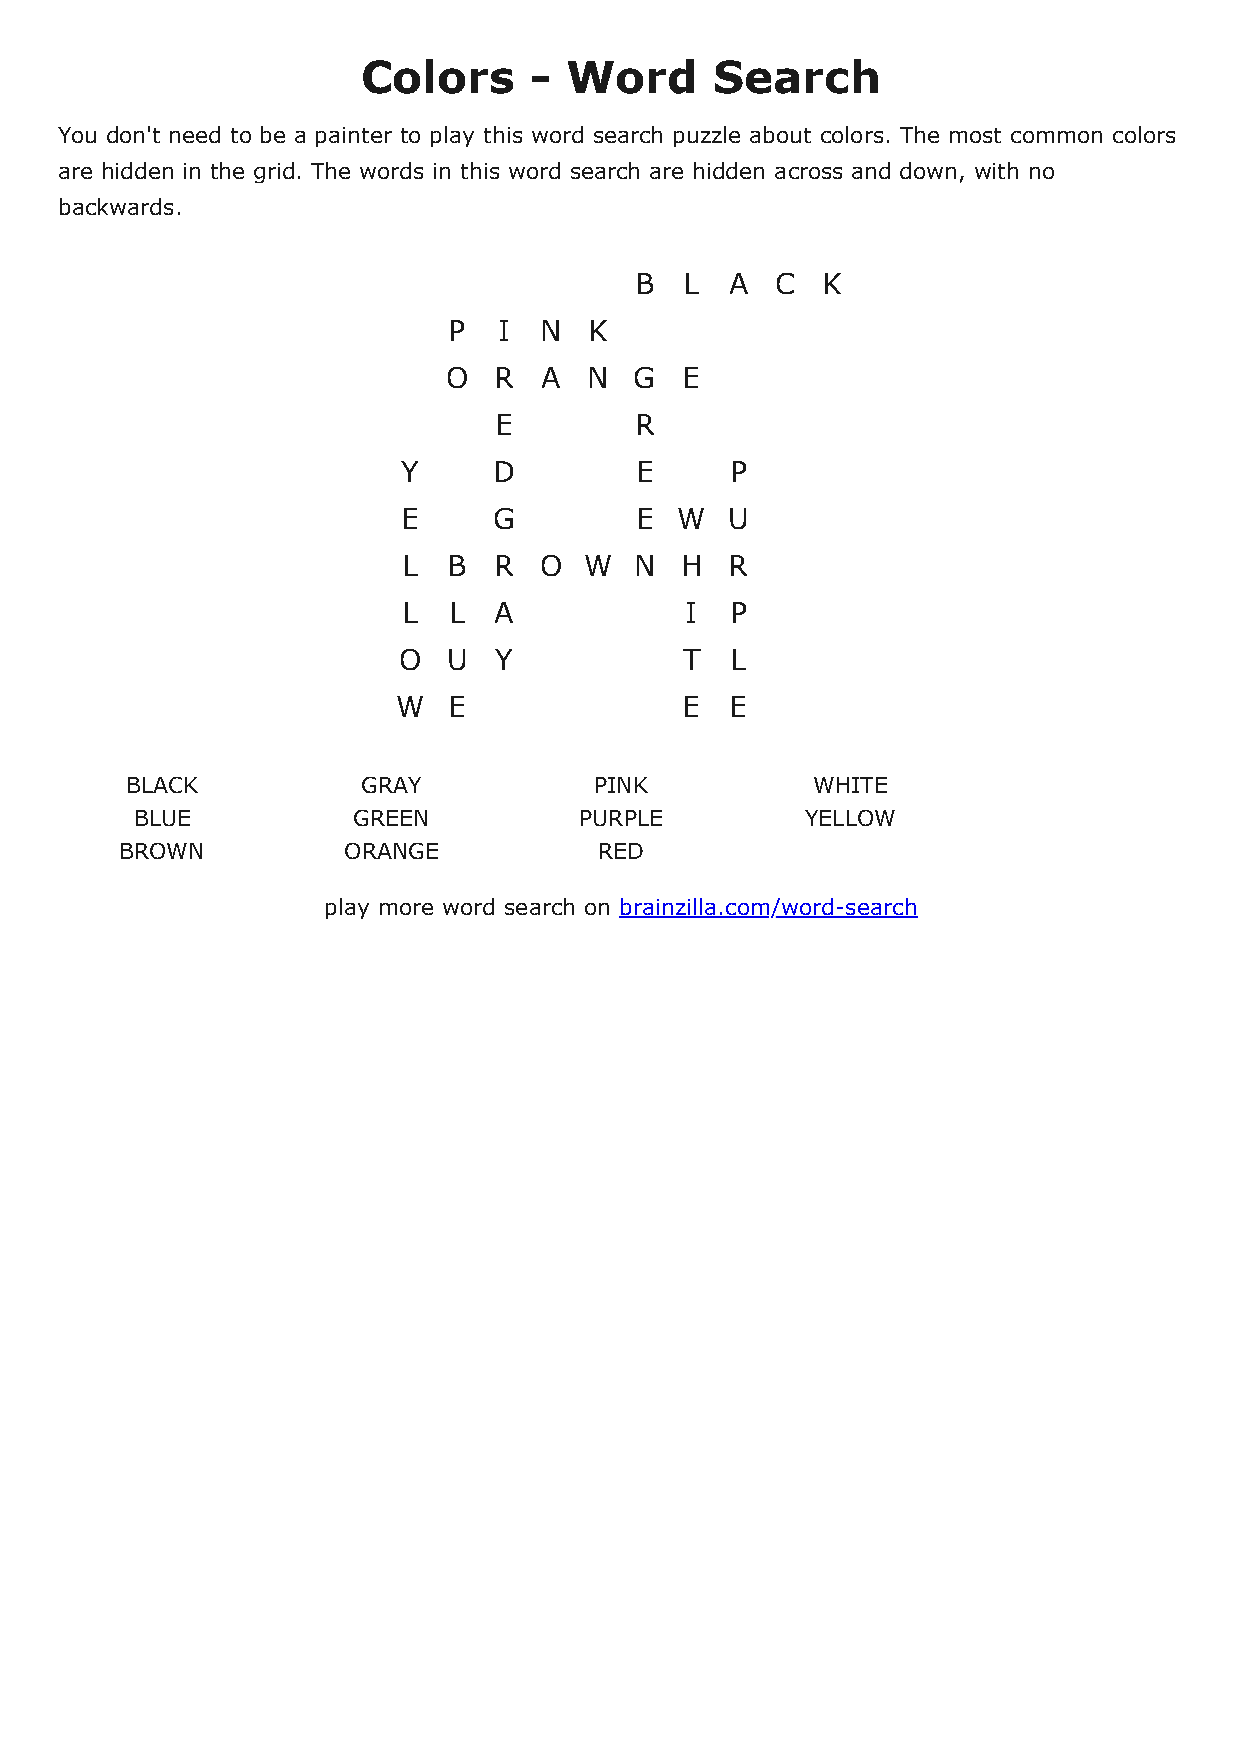
Colors     ­ Word      Search
 You don't need to be a painter to play this word search puzzle about colors. The most common colors
 are hidden in the grid. The words in this word search are hidden across and down, with no
 backwards.
 B  L  A  C  K
 P  I  N  K
 O  R  A  N  G  E
 E        R
 Y     D        E     P
 E     G        E  W  U
 L  B  R  O  W  N  H  R
 L  L  A           I  P
 O   U  Y           T  L
 W   E              E  E
 BLACK           GRAY           PINK           WHITE
 BLUE          GREEN          PURPLE         YELLOW
 BROWN          ORANGE           RED
 play more word search on brainzilla.com/word­search